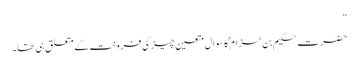
”
حضرت حکیم بن حزام ؓکا سوال متعین چیز کی فروخت کے متعلق ہی تھا۔